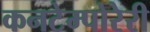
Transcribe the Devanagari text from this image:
कनटेम्पोरेरी